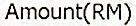
AMOUNT(RM)